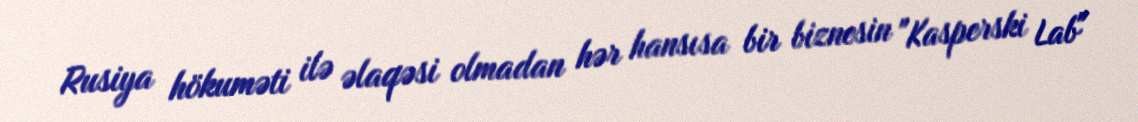
Rusiya hökuməti ilə əlaqəsi olmadan hər hansısa bir biznesin "Kasperski Lab"